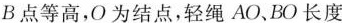
B点等高，O为结点，轻绳AO、BO长度